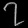
Digit: ၇